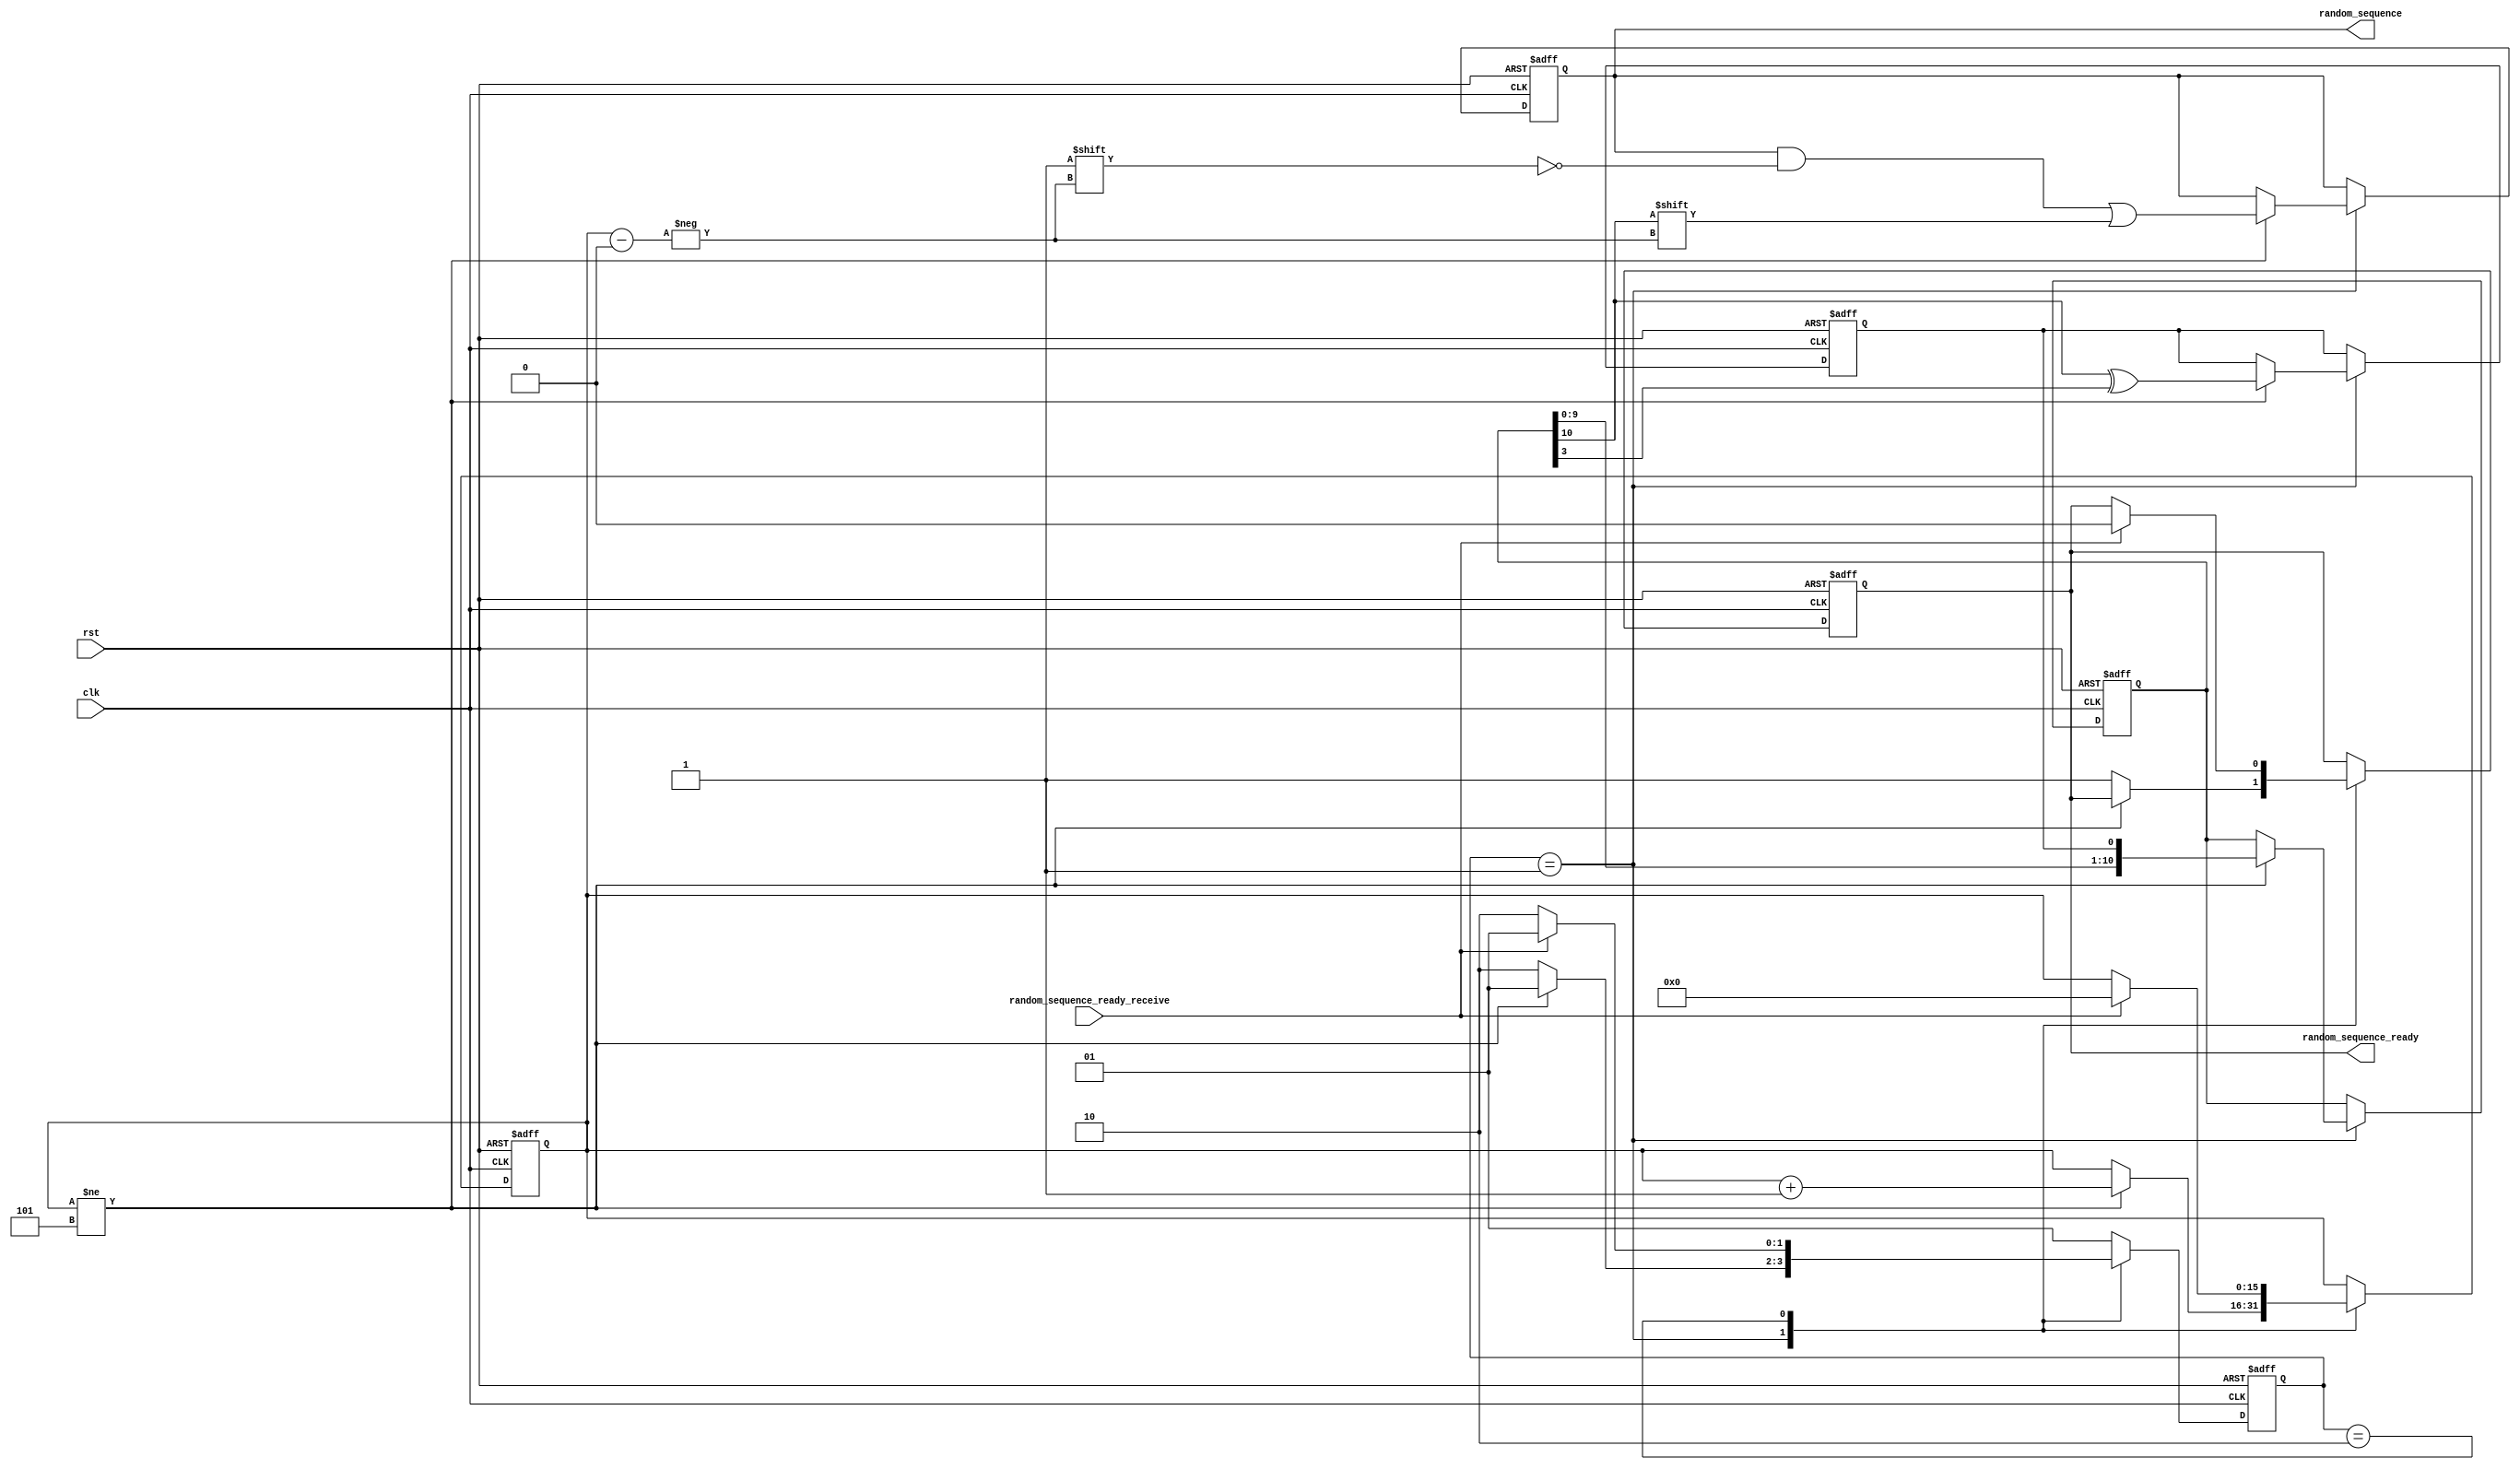
/*
 * Time  : 2019/12/31
 * function: create random_sequence
*/
module random_sequence #(parameter sequence_length = 6) (
    // clk and rst
    input clk,
    input rst,
    
    input random_sequence_ready_receive,                   // random sequence ready signal receive

    output reg [sequence_length-1:0] random_sequence,          // random sequence
    output reg                       random_sequence_ready     // random sequence is ready
    
    );

// manual reg
reg [10:0] regPN;           // random number 
reg        regPN_extra;

reg [1:0]  state;           // FSM state
/*
    2'b00 : idle,waiting enable signal
    2'b01 : generate random sequence
    2'b10 : random sequence ready enable
    2'b11 : default
*/

reg [15:0] i;


// FSM comtroller
always @(posedge clk, negedge rst) begin
    if(~rst) begin
        regPN <= 11'b10011000101;
        state <= 2'b01;
        random_sequence_ready <= 1'b0;
        random_sequence <= 11'b0;
        regPN_extra <= 1'b0;
        i <= 0;
    end else begin
        case(state)
        /* receive
        // 
        2'b00: begin
            if(random_sequence_enable) begin
                state <= 2'b01;
            end
            else begin
                state <= 2'b00;
            end
        end
        */
        // 
        2'b01: begin
            if(i != sequence_length-1) begin
                random_sequence[i] <= regPN[10];
                regPN_extra <= regPN[10] ^ regPN[3];
                regPN <= {regPN[9:0],regPN_extra};
                i <= i+1;
                state <= 2'b01;
            end
            else begin
                random_sequence_ready <= 1'b1;
                state <= 2'b10;
            end
        end

        // 
        2'b10: begin
            if(random_sequence_ready_receive)begin
                random_sequence_ready <= 1'b0;
                i <= 1'b0;
                state <= 2'b01;
            end
            else state <= 2'b10;
        end

        default: begin
            state <= 2'b01;
        end

        endcase


    end

end

endmodule